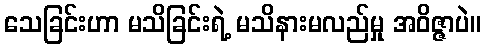
သေခြင်းဟာ မသိခြင်းရဲ့ မသိနားမလည်မှု အဝိဇ္ဇာပဲ။